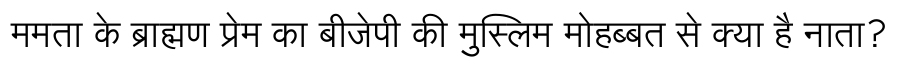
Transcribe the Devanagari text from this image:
ममता के ब्राह्मण प्रेम का बीजेपी की मुस्लिम मोहब्बत से क्या है नाता?